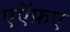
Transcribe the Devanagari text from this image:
एऍफ़ए